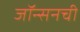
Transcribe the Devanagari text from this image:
जॉन्सनची